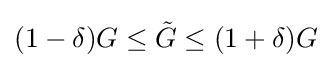
(1-\delta )G\leq {\tilde {G}}\leq (1+\delta )G